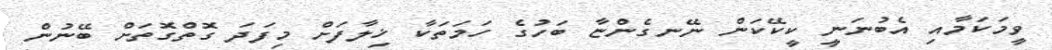
ވީމަކަމާއި އެބުނަނީ ކީކޭކަން ނޭނގެންޏާ ބަހުގެ ހަމަތަކާ ޚިލާފަށް މިފަދަ ގޮތްގޮތަށް ބޭނުން